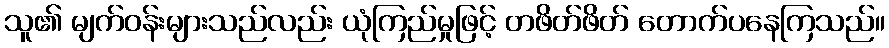
သူ၏ မျက်ဝန်းများသည်လည်း ယုံကြည်မှုဖြင့် တဖိတ်ဖိတ် တောက်ပနေကြသည်။